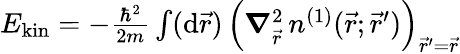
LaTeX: \begin{array}{r}{E_{\mathrm{kin}}=-\frac{\hbar^{2}}{2m}\int(\mathrm{d}\vec{r})\, \left(\boldsymbol{\nabla}_{\vec{r}}^{2}\, n^{(1)}(\vec{r};\vec{r}^{\prime})\right)_{\vec{r}^{\prime}=\vec{r}}}\end{array}